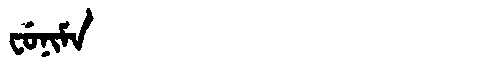
Manchu: ᠸᡠᠨᡳᠮᠠ
Romanization: FUNIMA